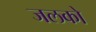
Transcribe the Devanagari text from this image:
जलको